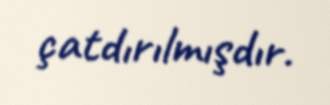
çatdırılmışdır.